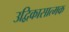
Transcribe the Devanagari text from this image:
उद्विकासात्मक